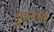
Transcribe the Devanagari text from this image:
गुरुत्वक्षेत्र